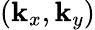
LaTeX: (\mathbf{k}_{x},\mathbf{k}_{y})